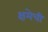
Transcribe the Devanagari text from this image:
क्षमेची